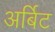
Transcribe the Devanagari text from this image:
अर्बिट